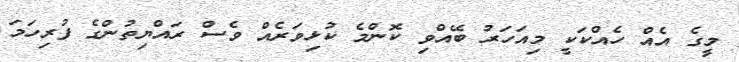
މީގެ އެއް ހެއްކަކީ މިއަހަރު ބޭއްވި ކޮންމެ ކުޅިވަރެއް ވެސް ރައްޔިތުންގެ ފުރިހަމަ